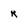
Character: R